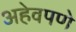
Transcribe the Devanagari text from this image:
अहेवपणे